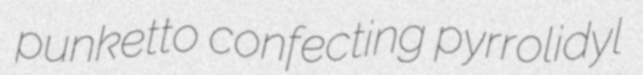
punketto confecting pyrrolidyl